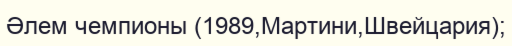
Әлем чемпионы (1989,Мартини,Швейцария);